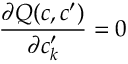
\frac { \partial Q ( c , c ^ { \prime } ) } { \partial c _ { k } ^ { \prime } } = 0